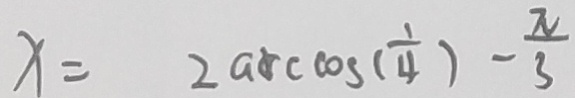
x = 2 \arccos ( \frac { 1 } { 4 } ) - \frac { \pi } { 3 }